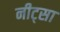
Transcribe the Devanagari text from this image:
नीट्सा